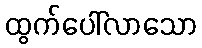
ထွက်ပေါ်လာသော